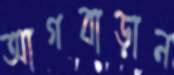
আগবাড়ান